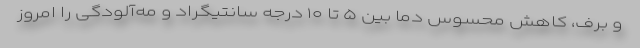
و برف، کاهش محسوس دما بین ۵ تا ۱۰ درجه سانتیگراد و مه‌آلودگی را امروز